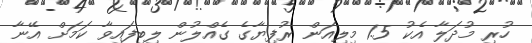
ހުރި މުދަލާ އެކު 1.5 މިލިއަން ރުފިޔާގެ ގެއްލުން ލިބިފައިވާ ކަމަށް އޭނާ